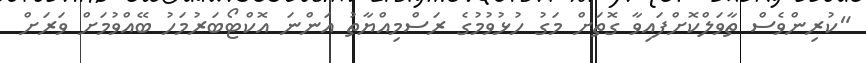
"ކުރިންވެސް ތާވަލްކޮށްފައިވާ ގޮތަށް މަގު ހުޅުވުމުގެ ރަސްމިއްޔާތު އަންނަ އޮކްޓޯބަރުމަހު ބޭއްވުމަށް ވަރަށް